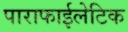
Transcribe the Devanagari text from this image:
पाराफाईलेटिक